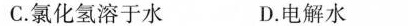
C.氯化氢溶于水 D.电解水